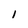
Character: 1